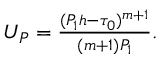
\begin{array} { r } { U _ { P } = \frac { ( P _ { 1 } h - \tau _ { 0 } ) ^ { m + 1 } } { ( m + 1 ) P _ { 1 } } . ~ ~ ~ ~ ~ ~ ~ ~ ~ ~ ~ ~ ~ ~ ~ ~ ~ ~ ~ ~ ~ ~ ~ ~ ~ ~ ~ ~ ~ } \end{array}